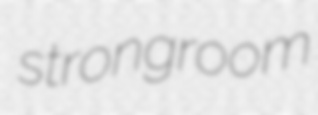
strongroom